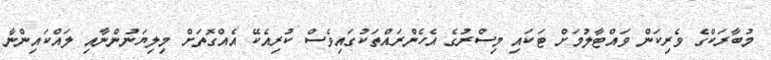
މުބާރަކްގެ ވެރިކަން ވައްޓާލުމަށް ޓަކައި މިސްރުގެ އެހެންރައްތަކުގައިވެސް ކުރިއެކޭ އެއްގޮތަށް މިލިޔަނުންނާއި ލައްކައިންނާ